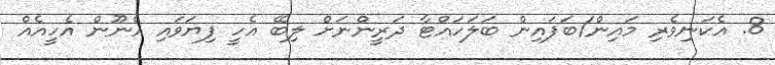
8. އެކަނިވެރި މައިން/ބަފައިން ބަލަހައްޓާ ދަރީންނަށް ލިބޭ އެހީ ފިޔަވައި އެނޫން އެހީއެއް